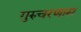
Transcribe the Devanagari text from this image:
गुरुचरणास